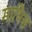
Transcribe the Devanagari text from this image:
माथिस